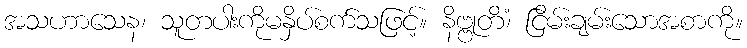
အသဟာသေန၊ သူတပါးကိုမနှိပ်စက်သဖြင့်။ နိဗ္ဗုတိံ၊ ငြိမ်းချမ်းသောအစာကို။